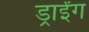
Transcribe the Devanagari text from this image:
ड्राईंग